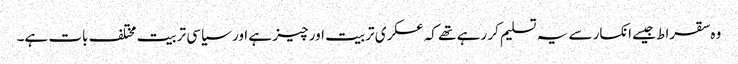
وہ سقراط جیسے انکسار سے یہ تسلیم کر رہے تھے کہ عسکری تربیت اور چیز ہے اور سیاسی تربیت مختلف بات ہے۔